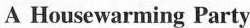
A Housewarming Party